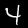
Label: 4